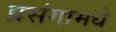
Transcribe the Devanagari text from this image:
प्रसंगामधे